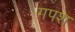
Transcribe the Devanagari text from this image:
गपश